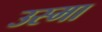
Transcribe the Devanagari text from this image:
उस्मा